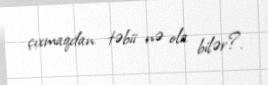
çıxmaqdan təbii nə ola bilər?.